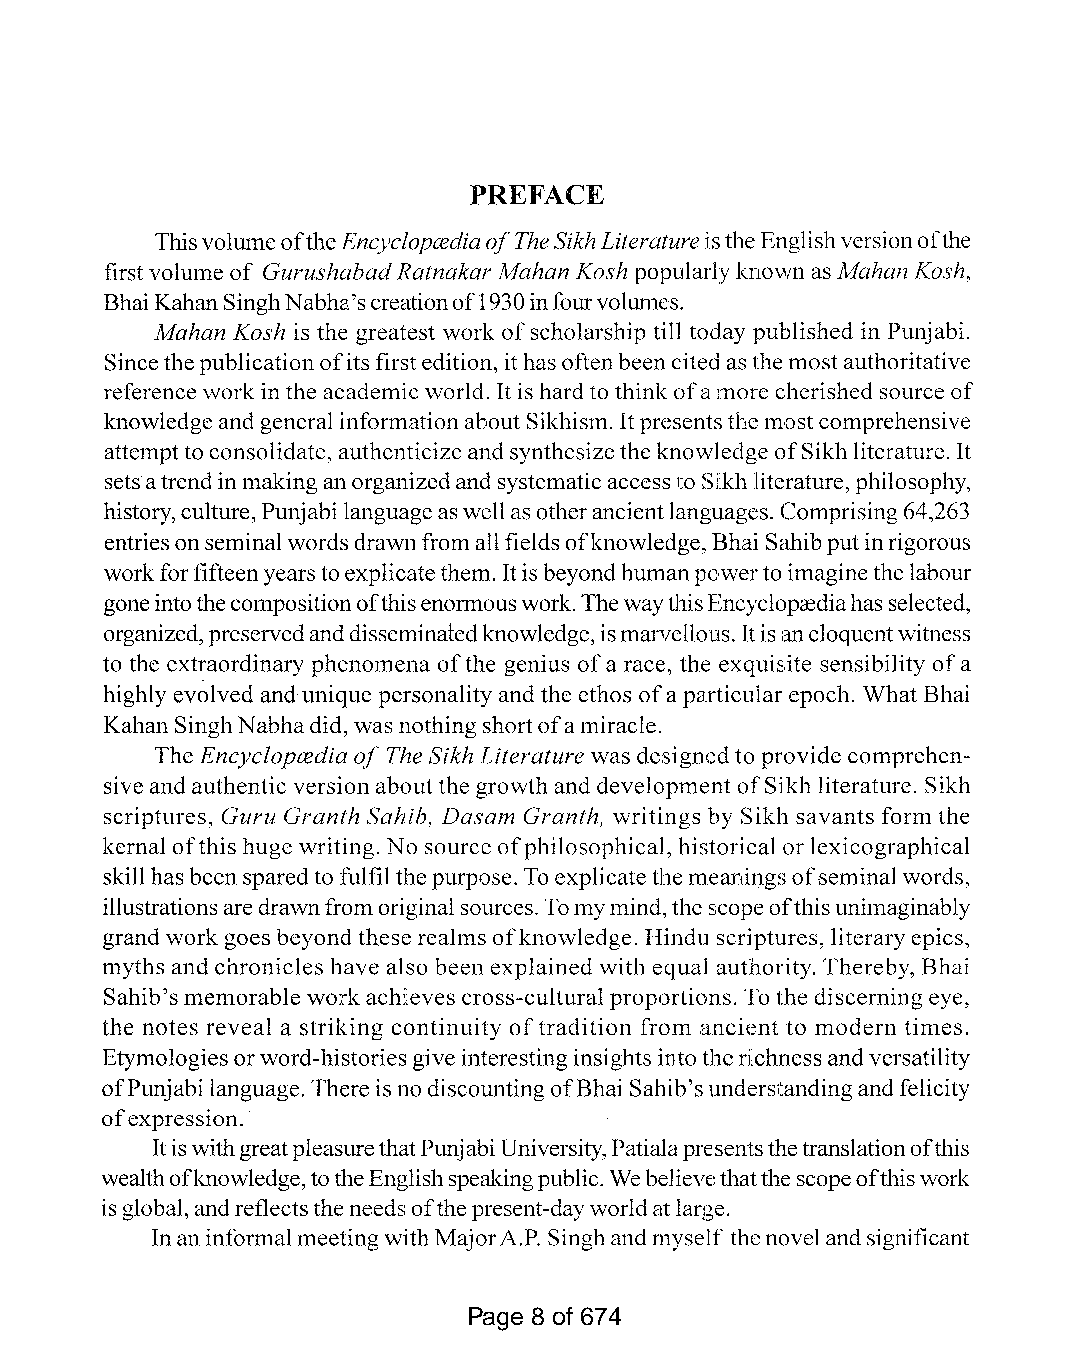
PREFACE
 ThisvolumeoftheEncyclopcediaofTheSikhLiteratureistheEnglishversionofthe
 first volume of GurushabadRatnakar Mahan Kosh popularlyknown as Mahan Kosh,
 BhaiKahanSinghNabha'screationof1930infourvolumes.
 Mahan Kosh is the greatest work ofscholarship till today published in Punjabi.
 Sincethepublicationofitsfirst edition, ithasoftenbeencited asthemostauthoritative
 reference work inthe academic world. It is hard to think ofamore cherished source of
 knowledgeand general informationabout Sikhism. Itpresentsthe mostcomprehensive
 attemptto consolidate, authenticize andsynthesizethe knowledge ofSikhliterature. It
 setsatrendinmakinganorganizedandsystematicaccess to Sikh literature,philosophy,
 history,culture,Punjabi languageaswellasotherancientlanguages. Comprising64,263
 entriesonseminalwordsdrawnfrom allfields ofknowledge, Bhai Sahibputinrigorous
 workforfifteenyearstoexplicatethem. Itis beyondhumanpowerto imaginethe labour
 goneintothecompositionofthisenormouswork.ThewaythisEncycloprediahasselected,
 organized,preservedanddisseminatedknowledge,ismarvellous.Itisaneloquentwitness
 to the extraordinary phenomena ofthe genius ofa race, the exquisite sensibility ofa
 highly evolved and unique personality and the ethos ofa particular epoch. What Bhai
 Kahan SinghNabhadid, was nothingshortofamiracle.
 The Encyclopcedia of The Sikh Literature was designedto provide comprehen
 siveand authentic version about the growth and development ofSikh literature. Sikh
 scriptures, Guru Granth Sahib, Dasam Granth, writings by Sikh savants form the
 kernal ofthis huge writing. No source ofphilosophical, historical or lexicographical
 skillhas beensparedto fulfil the purpose. To explicatethe meaningsofseminalwords,
 illustrationsaredrawnfrom original sources. Tomymind,the scopeofthisunimaginably
 grand work goes beyond these realms ofknowledge. Hindu scriptures, literary epics,
 myths and chronicles have also been explained with equal authority. Thereby, Bhai
 Sahib'smemorable workachieves cross-cultural proportions. Tothe discerning eye,
 the notes reveal a striking continuity oftradition from ancient to modern times.
 Etymologiesorword-histories give interestinginsights into the richness andversatility
 ofPunjabi language. There is nodiscountingofBhai Sahib'sunderstandingand felicity
 ofexpression.
 ItiswithgreatpleasurethatPunjabiUniversity,Patialapresentsthetranslationofthis
 wealthofknowledge,totheEnglishspeakingpublic. Webelievethatthescopeofthiswork
 isglobal,andreflectsthe needsofthepresent-dayworldatlarge.
 Inaninformalmeeting withMajorA.P. Singhandmyself thenovelandsignificant
 Page 8 of 674